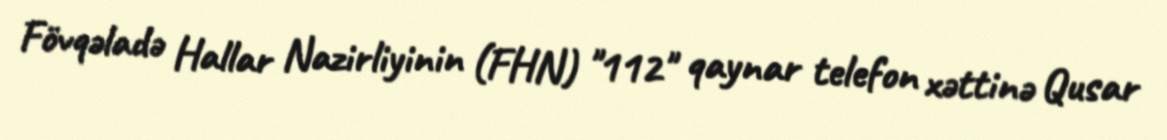
Fövqəladə Hallar Nazirliyinin (FHN) "112" qaynar telefon xəttinə Qusar